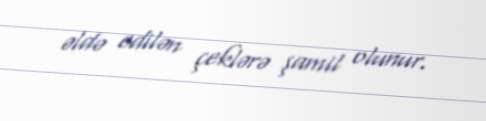
əldə edilən çeklərə şamil olunur.